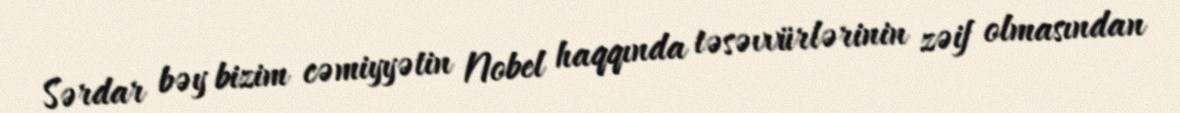
Sərdar bəy bizim cəmiyyətin Nobel haqqında təsəvvürlərinin zəif olmasından